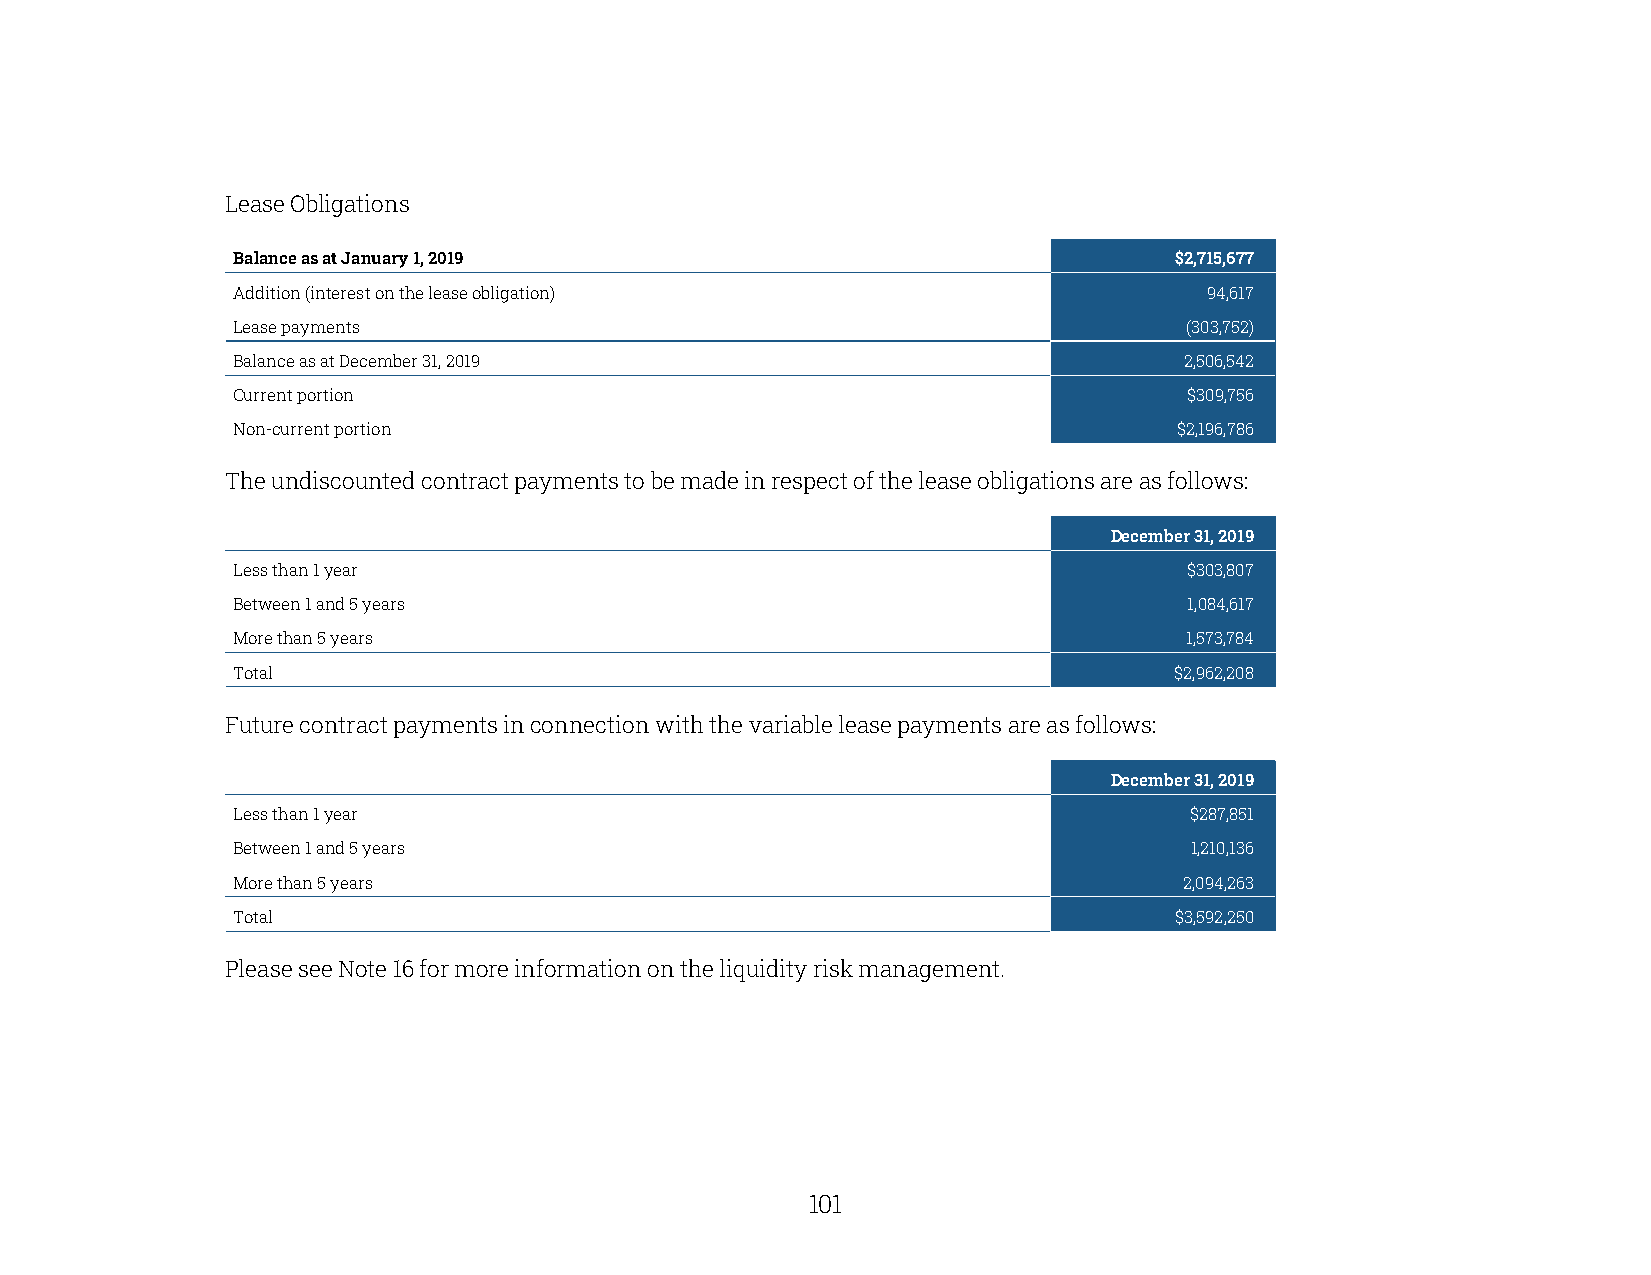
Lease Obligations
 Balance as at January 1, 2019                                  $2,715,677
 Addition (interest on the lease obligation)                      94,617
 Lease payments                                                 (303,752)
 Balance as at December 31, 2019                                2,506,542
 Current portion                                                 $309,756
 Non-current portion                                            $2,196,786
 The undiscounted contract payments to be made in respect of the lease obligations are as follows:
 December 31, 2019
 Less than 1 year                                                $303,807
 Between 1 and 5 years                                           1,084,617
 More than 5 years                                              1,573,784
 Total                                                          $2,962,208
 Future contract payments in connection with the variable lease payments are as follows:
 December 31, 2019
 Less than 1 year                                                $287,851
 Between 1 and 5 years                                           1,210,136
 More than 5 years                                              2,094,263
 Total                                                          $3,592,250
 Please see Note 16 for more information on the liquidity risk management.
 100                                                   101